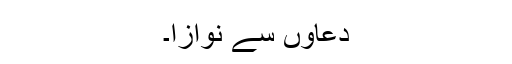
دعاؤں سے نوازا۔